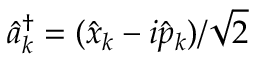
\hat { a } _ { k } ^ { \dagger } = ( \hat { x } _ { k } - i \hat { p } _ { k } ) / \sqrt { 2 }